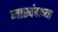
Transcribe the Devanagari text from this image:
जास्वंदाच्या